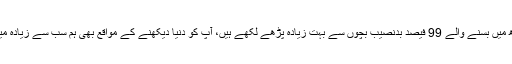
آپ سندھ میں بسنے والے 99 فیصد بدنصیب بچوں سے بہت زیادہ پڑھے لکھے ہیں، آپ کو دنیا دیکھنے کے مواقع بھی ہم سب سے زیادہ میسر ہیں۔